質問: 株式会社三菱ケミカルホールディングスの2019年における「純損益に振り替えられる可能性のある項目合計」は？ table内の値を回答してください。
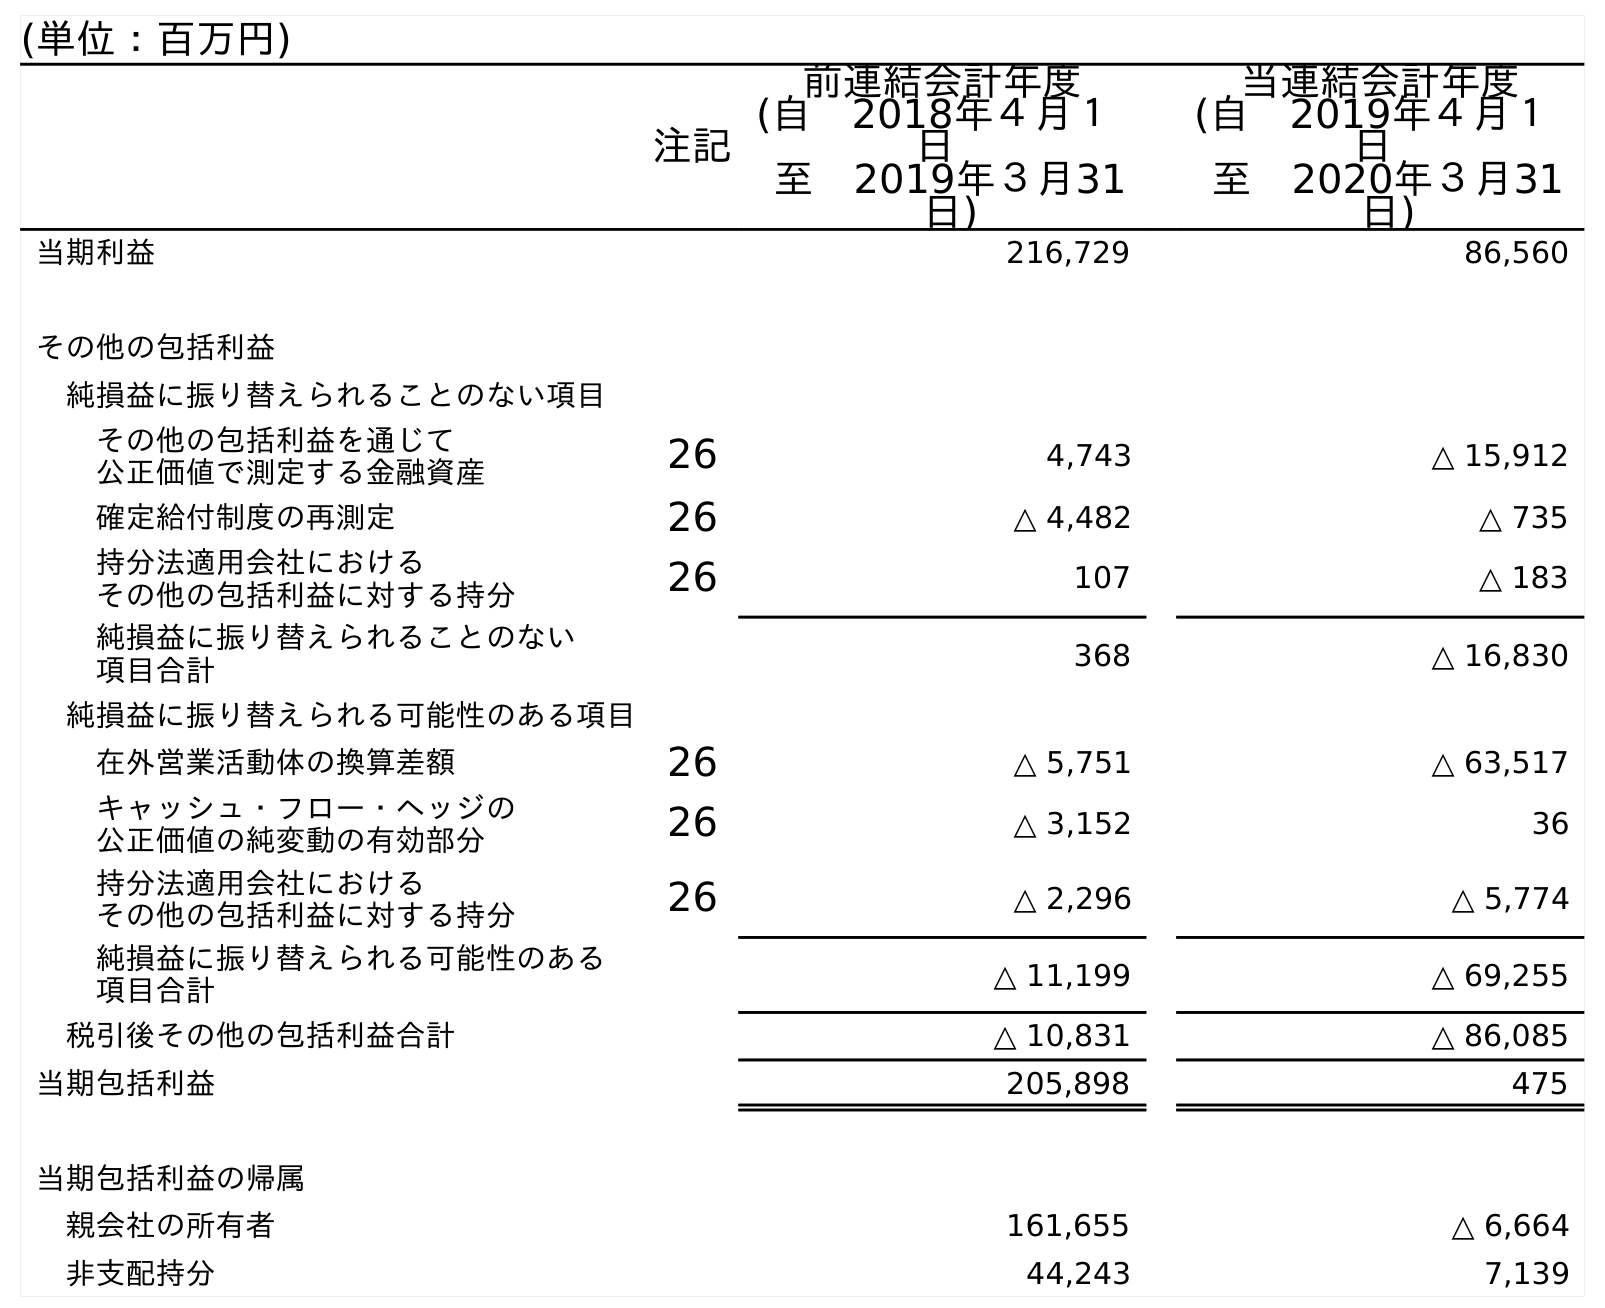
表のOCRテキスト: (単位：百万円) 注記 前連結会計年度 (自 2018年４月１ 日 至 2019年３月31 日) 当連結会計年度 (自 2019年４月１ 日 至 2020年３月31 日) 当期利益 216,729 86,560 その他の包括利益 純損益に振り替えられることのない項目 その他の包括利益を通じて 公正価値で測定する金融資産 26 4,743 △ 15,912 確定給付制度の再測定 26 △ 4,482 △ 735 持分法適用会社における その他の包括利益に対する持分 26 107 △ 183 純損益に振り替えられることのない 項目合計 368 △ 16,830 純損益に振り替えられる可能性のある項目 在外営業活動体の換算差額 26 △ 5,751 △ 63,517 キャッシュ・フロー・ヘッジの 公正価値の純変動の有効部分 26 △ 3,152 36 持分法適用会社における その他の包括利益に対する持分 26 △ 2,296 △ 5,774 純損益に振り替えられる可能性のある 項目合計 △ 11,199 △ 69,255 税引後その他の包括利益合計 △ 10,831 △ 86,085 当期包括利益 205,898 475 当期包括利益の帰属 親会社の所有者 161,655 △ 6,664 非支配持分 44,243 7,139
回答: △11,199